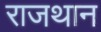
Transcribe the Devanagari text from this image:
राजथान